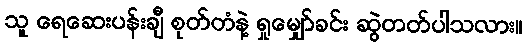
သူ ရေဆေးပန်းချီ စုတ်တံနဲ့ ရှုမျှော်ခင်း ဆွဲတတ်ပါသလား။